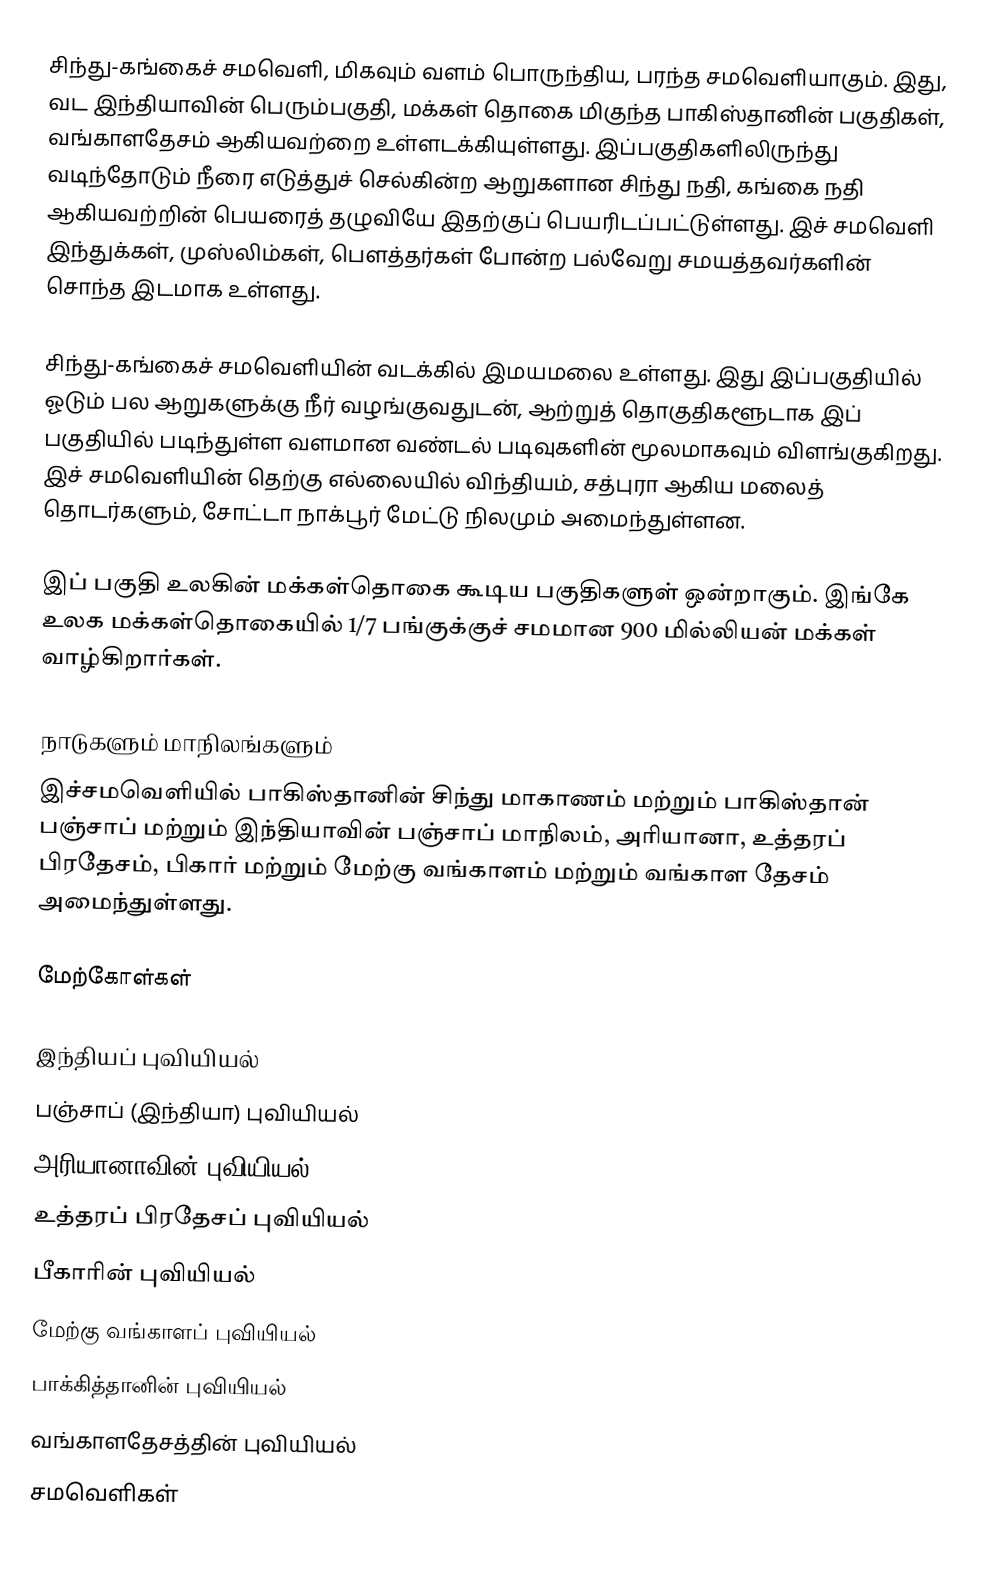
சிந்து-கங்கைச் சமவெளி, மிகவும் வளம் பொருந்திய, பரந்த சமவெளியாகும். இது, வட இந்தியாவின் பெரும்பகுதி, மக்கள் தொகை மிகுந்த பாகிஸ்தானின் பகுதிகள், வங்காளதேசம் ஆகியவற்றை உள்ளடக்கியுள்ளது. இப்பகுதிகளிலிருந்து வடிந்தோடும் நீரை எடுத்துச் செல்கின்ற ஆறுகளான சிந்து நதி, கங்கை நதி ஆகியவற்றின் பெயரைத் தழுவியே இதற்குப் பெயரிடப்பட்டுள்ளது. இச் சமவெளி இந்துக்கள், முஸ்லிம்கள், பௌத்தர்கள் போன்ற பல்வேறு சமயத்தவர்களின் சொந்த இடமாக உள்ளது.

சிந்து-கங்கைச் சமவெளியின் வடக்கில் இமயமலை உள்ளது. இது இப்பகுதியில் ஓடும் பல ஆறுகளுக்கு நீர் வழங்குவதுடன், ஆற்றுத் தொகுதிகளூடாக இப் பகுதியில் படிந்துள்ள வளமான வண்டல் படிவுகளின் மூலமாகவும் விளங்குகிறது. இச் சமவெளியின் தெற்கு எல்லையில் விந்தியம், சத்புரா ஆகிய மலைத் தொடர்களும், சோட்டா நாக்பூர் மேட்டு நிலமும் அமைந்துள்ளன.

இப் பகுதி உலகின் மக்கள்தொகை கூடிய பகுதிகளுள் ஒன்றாகும். இங்கே உலக மக்கள்தொகையில் 1/7 பங்குக்குச் சமமான 900 மில்லியன் மக்கள் வாழ்கிறார்கள்.

நாடுகளும் மாநிலங்களும்
இச்சமவெளியில் பாகிஸ்தானின் சிந்து மாகாணம் மற்றும் பாகிஸ்தான் பஞ்சாப் மற்றும் இந்தியாவின் பஞ்சாப் மாநிலம், அரியானா, உத்தரப் பிரதேசம், பிகார் மற்றும் மேற்கு வங்காளம் மற்றும் வங்காள தேசம் அமைந்துள்ளது.

மேற்கோள்கள்

இந்தியப் புவியியல்
பஞ்சாப் (இந்தியா) புவியியல்
அரியானாவின் புவியியல்
உத்தரப் பிரதேசப் புவியியல்
பீகாரின் புவியியல்
மேற்கு வங்காளப் புவியியல்
பாக்கித்தானின் புவியியல்
வங்காளதேசத்தின் புவியியல்
சமவெளிகள்